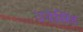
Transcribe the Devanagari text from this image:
उदेसिंह